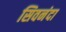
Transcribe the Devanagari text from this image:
सिवनंदा